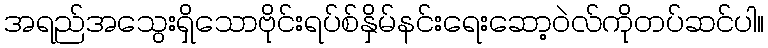
အရည်အသွေးရှိသောဗိုင်းရပ်စ်နှိမ်နင်းရေးဆော့ဝဲလ်ကိုတပ်ဆင်ပါ။